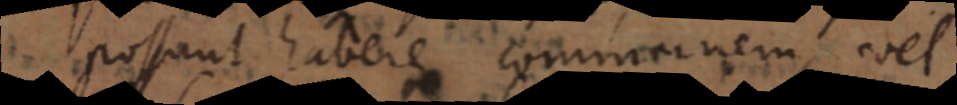
possunt habere communem, vel